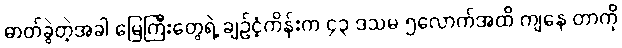
ဓာတ်ခွဲတဲ့အခါ မြေကြီးတွေရဲ့ ချဉ်ငံ့ကိန်းက ၄၃ ဒသမ ၅လောက်အထိ ကျနေ တာကို